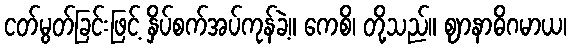
ငတ်မွတ်ခြင်းဖြင့် နှိပ်စက်အပ်ကုန်ခဲ့။ ကေစိ၊ တို့သည်။ ဈာနာဓိဂမာယ၊